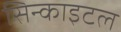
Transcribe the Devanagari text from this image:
सिन्काइटल